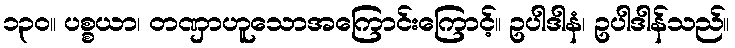
၁၃၀။ ပစ္စယာ၊ တဏှာဟူသောအကြောင်းကြောင့်။ ဥပါဒါနံ၊ ဥပါဒါန်သည်။